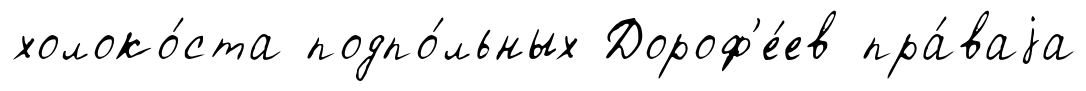
холоко́ста подпо́льных Дороф'е́ев пра́ваjа